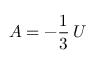
A = - { \frac { 1 } { 3 } } \, U